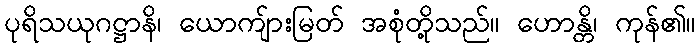
ပုရိသယုဂဋ္ဌာနိ၊ ယောကျ်ားမြတ် အစုံတို့သည်။ ဟောန္တိ၊ ကုန်၏။